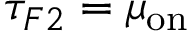
\tau _ { F 2 } = \mu _ { \mathrm { o n } }